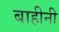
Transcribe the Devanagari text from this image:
बाहीनी